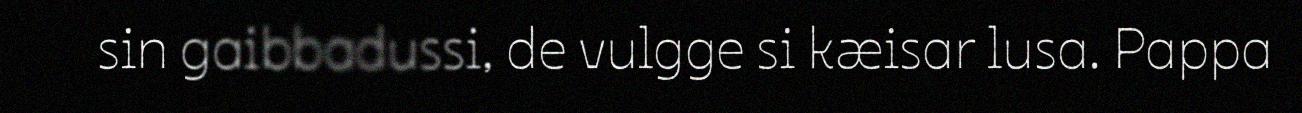
sin gaibbadussi, de vulgge si kæisar lusa. Pappa